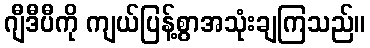
ဂျီဒီပီကို ကျယ်ပြန့်စွာအသုံးချကြသည်။